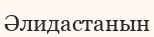
Әлидастанын